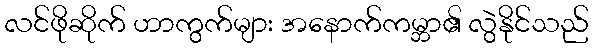
လင်ဖိုဆိုက် ဟာကွက်များ အနောက်ကမ္ဘာ၏ လွဲနိုင်သည်